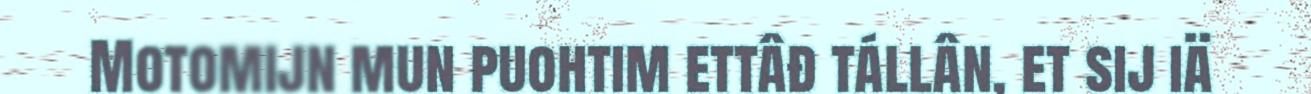
Motomijn mun puohtim ettâđ tállân, et sij iä